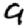
Digit: 9